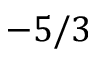
- 5 / 3